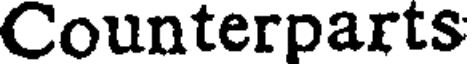
Counterparts